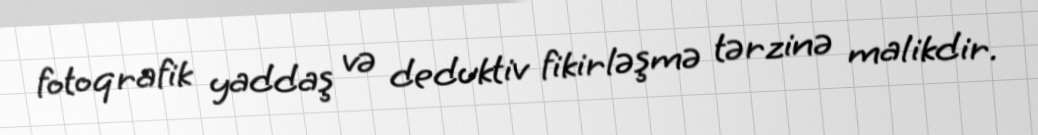
fotoqrafik yaddaş və deduktiv fikirləşmə tərzinə malikdir.